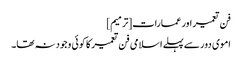
فن تعمیر اور عمارات[ترمیم]
اموی دور سے پہلے اسلامی فن تعمیر کا کوئی وجود نہ تھا۔